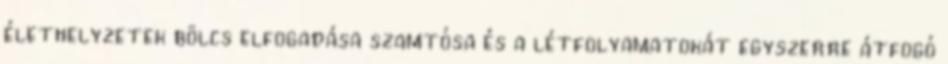
élethelyzetek bölcs elfogadása szamtósa és a létfolyamatokát egyszerre átfogó